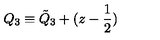
Q _ { 3 } \equiv { \tilde { Q } } _ { 3 } + ( z - { \frac { 1 } { 2 } } )